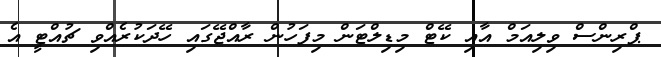
ޕްރިންސް ވިލިއަމް އާއި ކޭޓް މިޑިލްޓަން މިފަހުން ރާއްޖޭގައި ހޭދަކުރެއްވި ޗުއްޓީ އެ